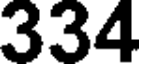
334